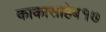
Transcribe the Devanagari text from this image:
काकासाहेब१७